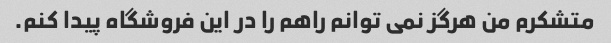
متشکرم من هرگز نمی توانم راهم را در این فروشگاه پیدا کنم.